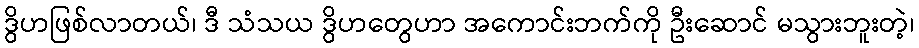
ဒွိဟဖြစ်လာတယ်၊ ဒီ သံသယ ဒွိဟတွေဟာ အကောင်းဘက်ကို ဦးဆောင် မသွားဘူးတဲ့၊